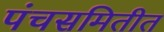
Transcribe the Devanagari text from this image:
पंचसमितीत